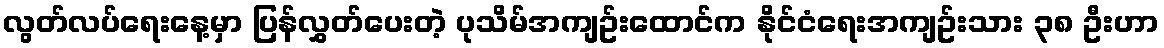
လွတ်လပ်ရေးနေ့မှာ ပြန်လွှတ်ပေးတဲ့ ပုသိမ်အကျဥ်းထောင်က နိုင်ငံရေးအကျဥ်းသား ၃၈ ဦးဟာ